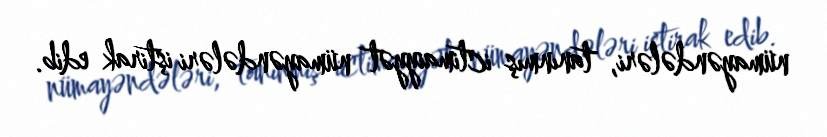
nümayəndələri, tanınmış ictimaiyyət nümayəndələri iştirak edib.